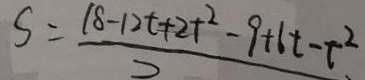
S = \frac { 1 8 - 1 2 t + 2 t ^ { 2 } - 9 + 6 t - t ^ { 2 } } { 2 }